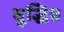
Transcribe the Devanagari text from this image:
बुद्धि॥